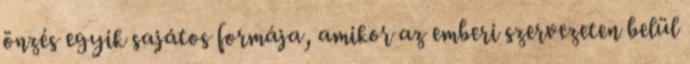
önzés egyik sajátos formája, amikor az emberi szervezeten belül